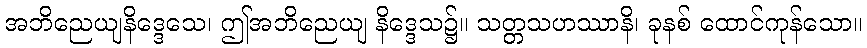
အဘိညေယျနိဒ္ဒေသေ၊ ဤအဘိညေယျ နိဒ္ဒေသ၌။ သတ္တသဟဿာနိ၊ ခုနစ် ထောင်ကုန်သော။